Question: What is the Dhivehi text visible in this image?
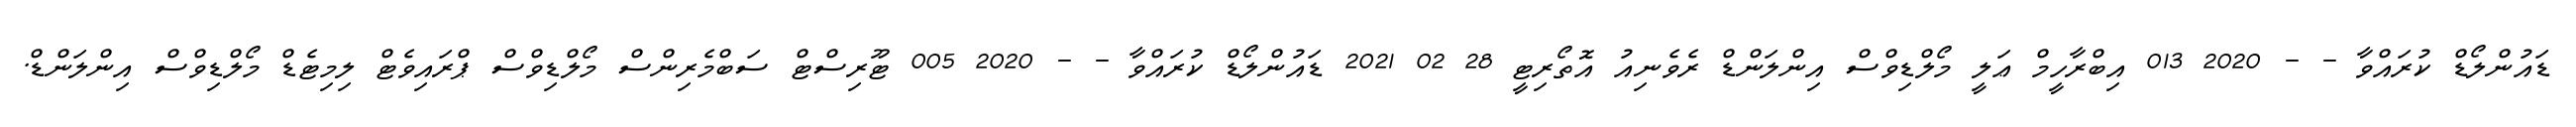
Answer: ޑައުންލޯޑް ކުރައްވާ - - 2020 013 އިބްރާހީމް ޢަލީ މޯލްޑިވްސް އިންލަންޑް ރެވެނިއު އޮތޯރިޓީ 28 02 2021 ޑައުންލޯޑް ކުރައްވާ - - 2020 005 ޓޫރިސްޓް ސަބްމެރިންސް މޯލްޑިވްސް ޕްރައިވެޓް ލިމިޓެޑް މޯލްޑިވްސް އިންލަންޑް.